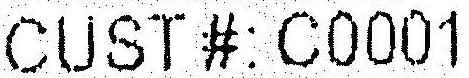
CUST #: C0001